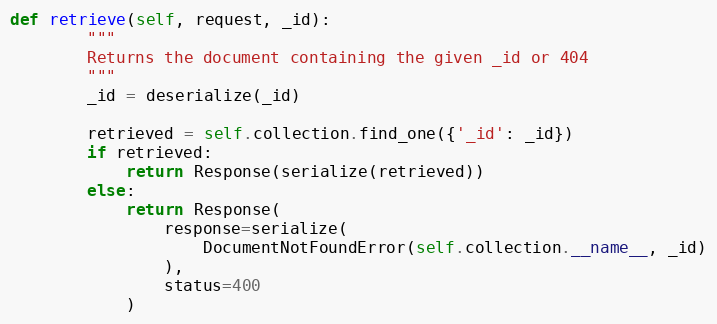
Language: Python
def retrieve(self, request, _id):
        """
        Returns the document containing the given _id or 404
        """
        _id = deserialize(_id)

        retrieved = self.collection.find_one({'_id': _id})
        if retrieved:
            return Response(serialize(retrieved))
        else:
            return Response(
                response=serialize(
                    DocumentNotFoundError(self.collection.__name__, _id)
                ),
                status=400
            )